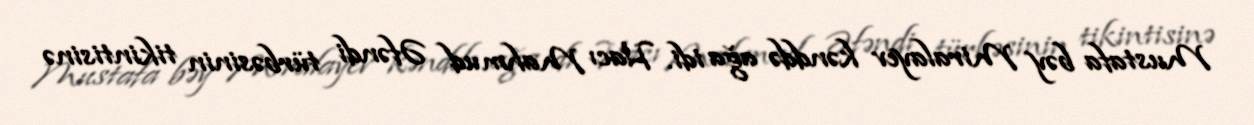
Mustafa bəy Miralayev kənddə ağa idi. Hacı Mahmud Əfəndi türbəsinin tikintisinə